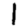
Digit: 1